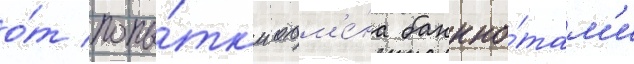
о́т попы́тк'и обм'е́на банкно́там'и